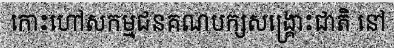
កោះហៅសកម្មជនគណបក្សសង្គ្រោះជាតិ នៅ